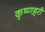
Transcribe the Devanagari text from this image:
कृष्णहरी